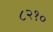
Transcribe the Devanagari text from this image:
८२१०